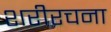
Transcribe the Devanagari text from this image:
शरीरचना